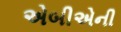
એબીએની